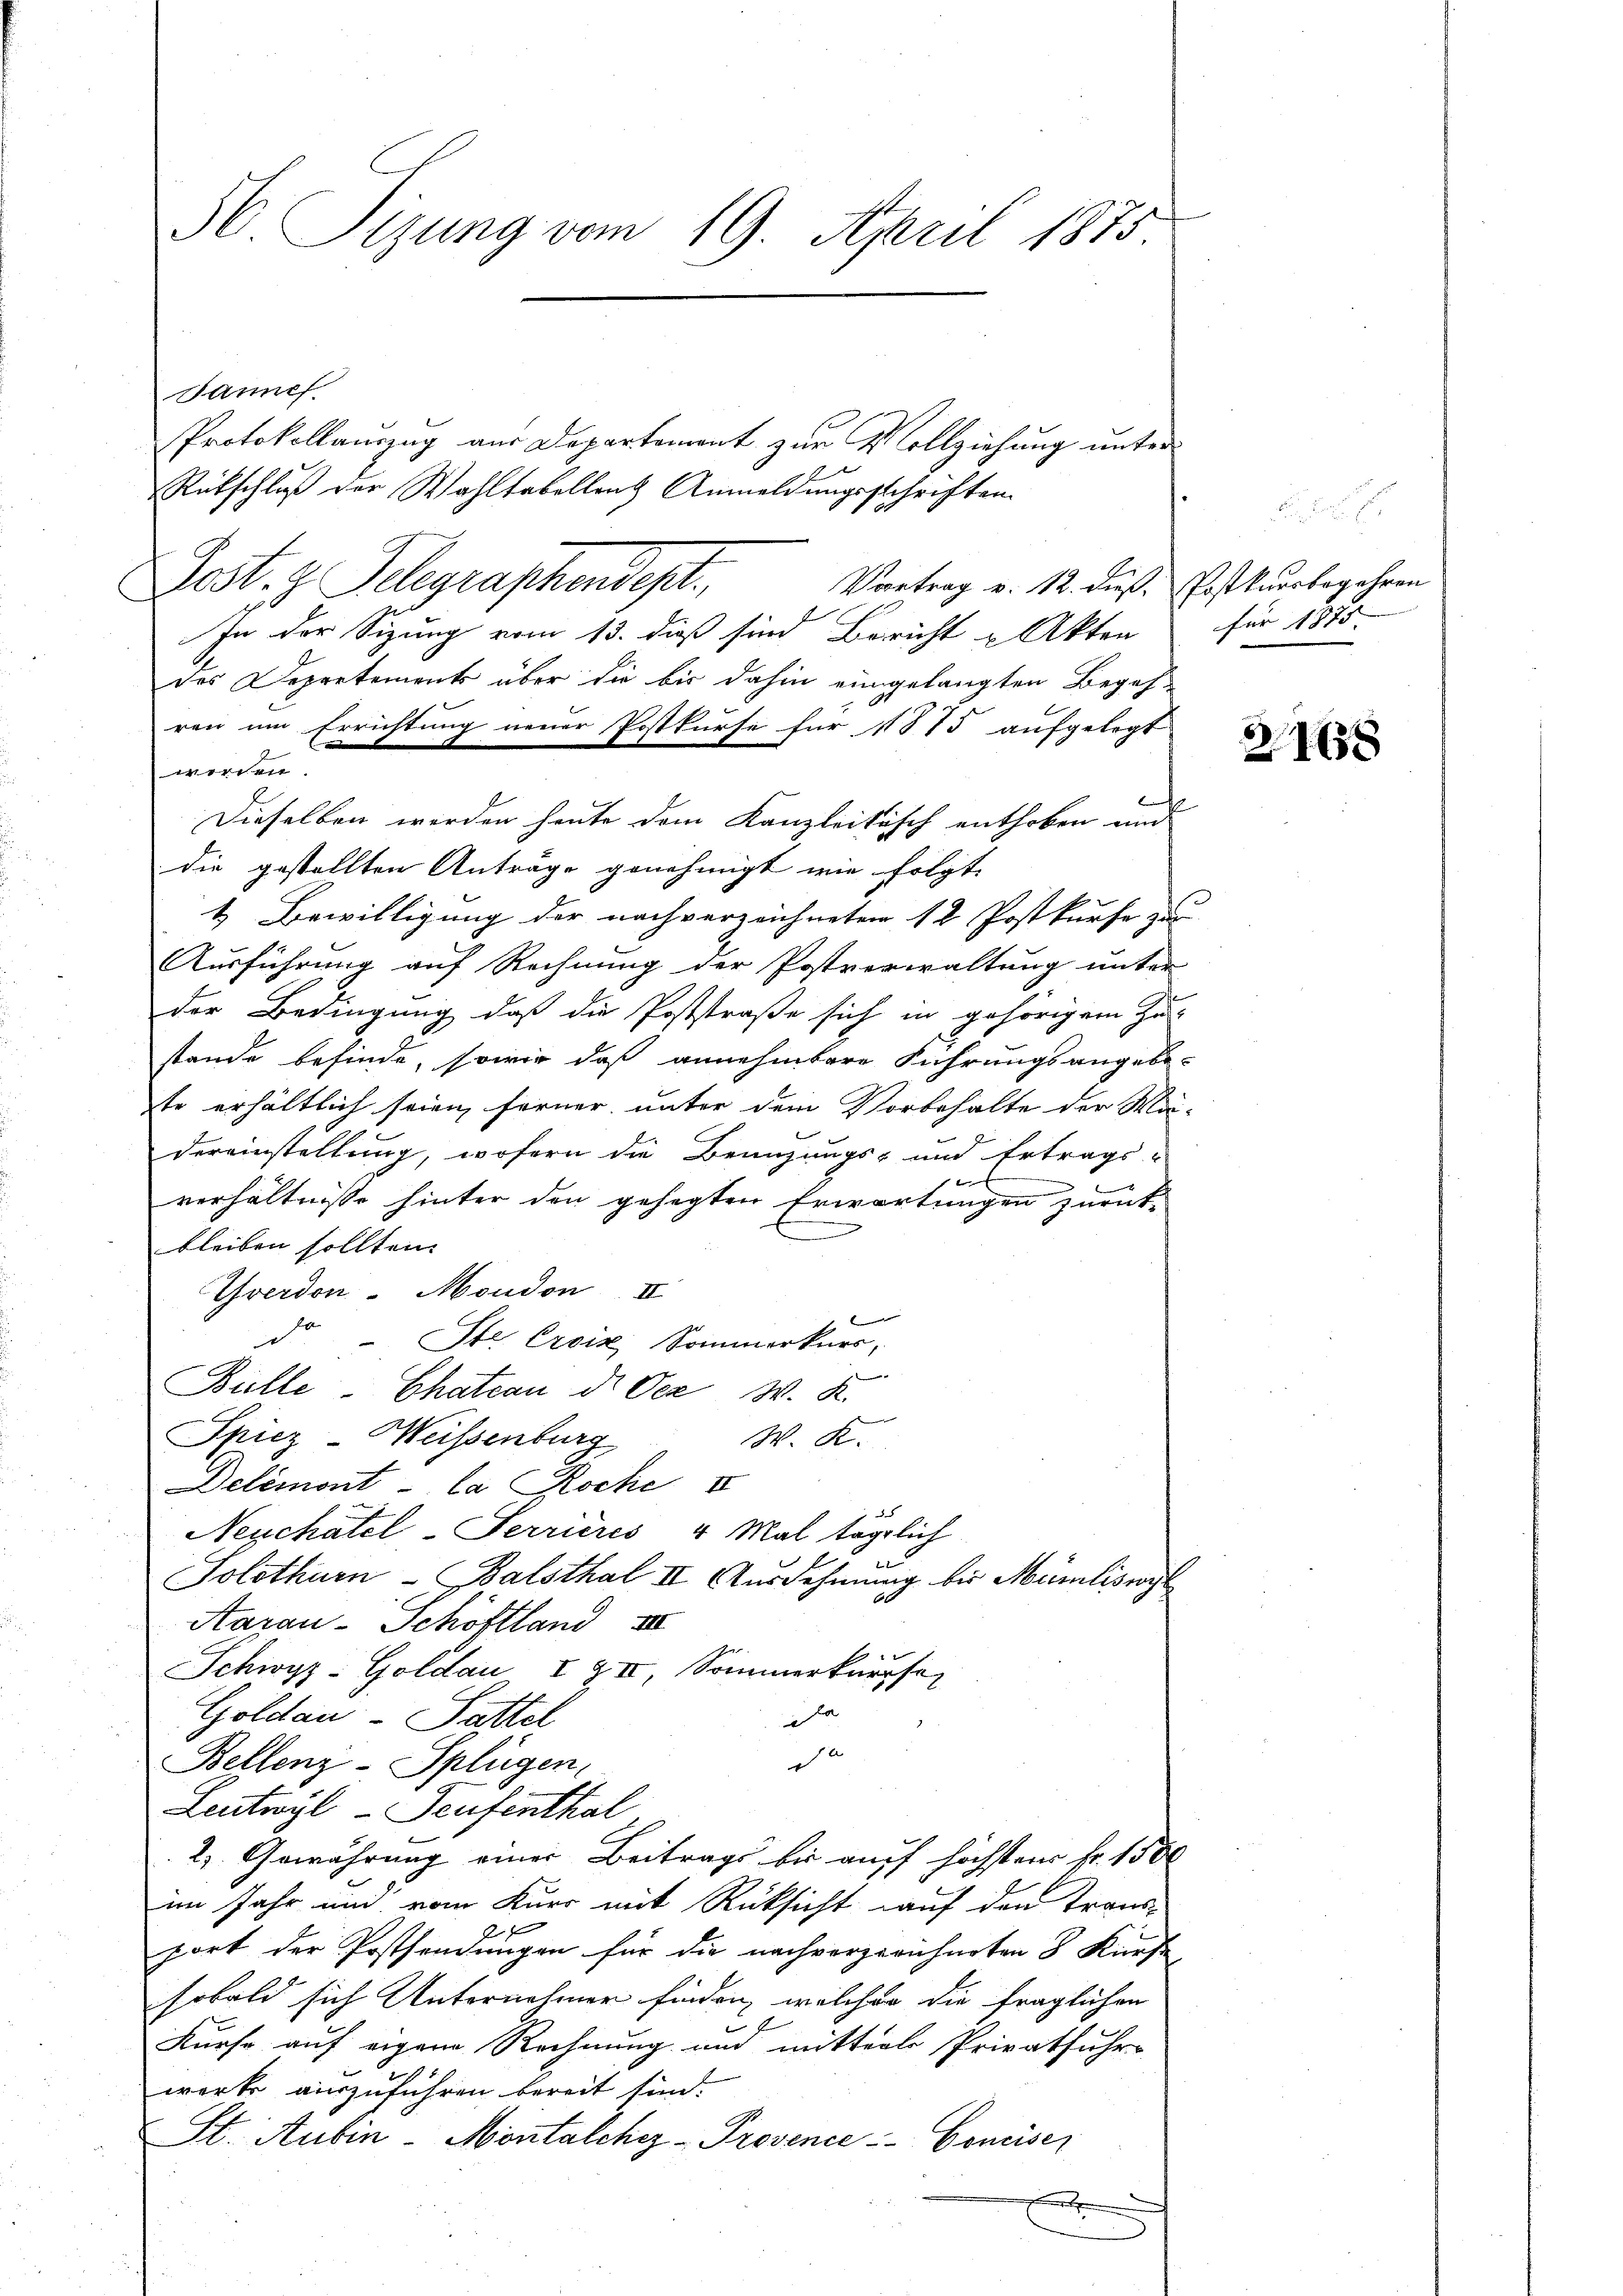
56. Sizung vom 19. April 1875

Jannes.
Protokollauszug aus Departement zur Vollziehung unter
Rükschluß der Wahltabellant Anmeldungsschriften.
Fest. I. Pelegraphendest.
Vortrag v. 12. dieß, Postkursbegehren
In der Sizung vom 13. dieß sind Bericht u Akten für 1875.
des Departements über die bis dahin eingelangten Begeh-
ren um Errichtung neuer Postkurse für 1875 aufgelegt
werden.
Dieselben werden heute dem Kanzleitisch enthoben und
die gestellten Anträge genehmigt wie folgt.
4 Bewilligung der nachverzeichneten 12 Postkurse zur
Ausführung auf Rechnung der Postverwaltung unter
der Bedingung daß die Poststraße sich in gehörigem Zu-
stande befinde, sowie daß annehmbare Führungsangebe-
te erhältlich seien ferner unter dem Vorbehalte der Ma-
dereinstaltung, wofern die Beanzungs- und Ertrags-

n
verhältnisse hinter den gehegten Erwartungen zurückbleiben sollten.
Yverdon - Moudon II
de Ste Croix, Sommerkurs,

Bülle -Chateau dr Oce W. K.
Spiez-Weissenburg
W. K.
Delémont la Roche V
Neuchâtel-Terrieres 4 Mal täglich
Solothurn-Balsthal II. Ausdehnung bis Müriliswyl
Aarau - Schöftland III
Schwyz-Goldau I & II, Sommerkurse
a
Goldau - Sattel
e
Bellenz-Splügen,
Leutwyl - Teufenthal
2) Gewährung einer Beitrags bis auf höchstens Fr. 150
im Jahr und vom Kurs mit Rüksicht auf den Trans-
port der Postsendungen für die nach vorgerichneten 8 Kürfe
sobald sich Unternehmen finden, welcher die fraglichen
Kurse auf eigene Rechnung und mitterle Privatfuhr-
werke auszuführen bereit sind.
St. Aubin - Montalches - Provence Conciser
.

21638